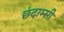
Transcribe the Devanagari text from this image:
छंदाम्सी